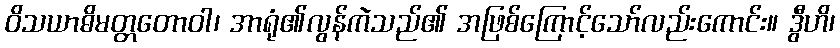
ဝိသယာဓိမတ္တတောဝါ၊ အာရုံ၏လွန်ကဲသည်၏ အဖြစ်ကြောင့်သော်လည်းကောင်း။ ဒွီဟိ၊